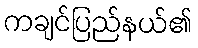
ကချင်ပြည်နယ်၏